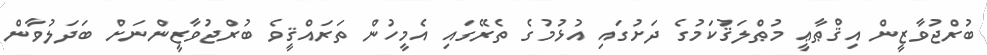
ބުރްޖުވާޒީން އިޤްޠާޢީ މުޠްލަޤުކަމުގެ ދަށުގައި އުޅުމުގެ ތެރޭގައި އެމީހުން ތަރައްޤީވެ ބުރްޖުވާޒީންނަށް ބަދަލުވާން